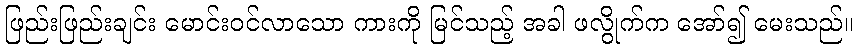
ဖြည်းဖြည်းချင်း မောင်းဝင်လာသော ကားကို မြင်သည့် အခါ ဖလွိုက်က အော်၍ မေးသည်။